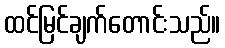
ထင်မြင်ချက်တောင်းသည်။